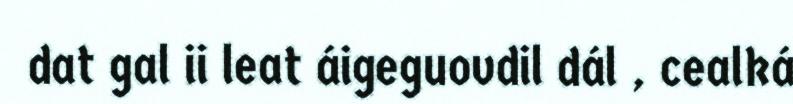
dat gal ii leat áigeguovdil dál , cealká